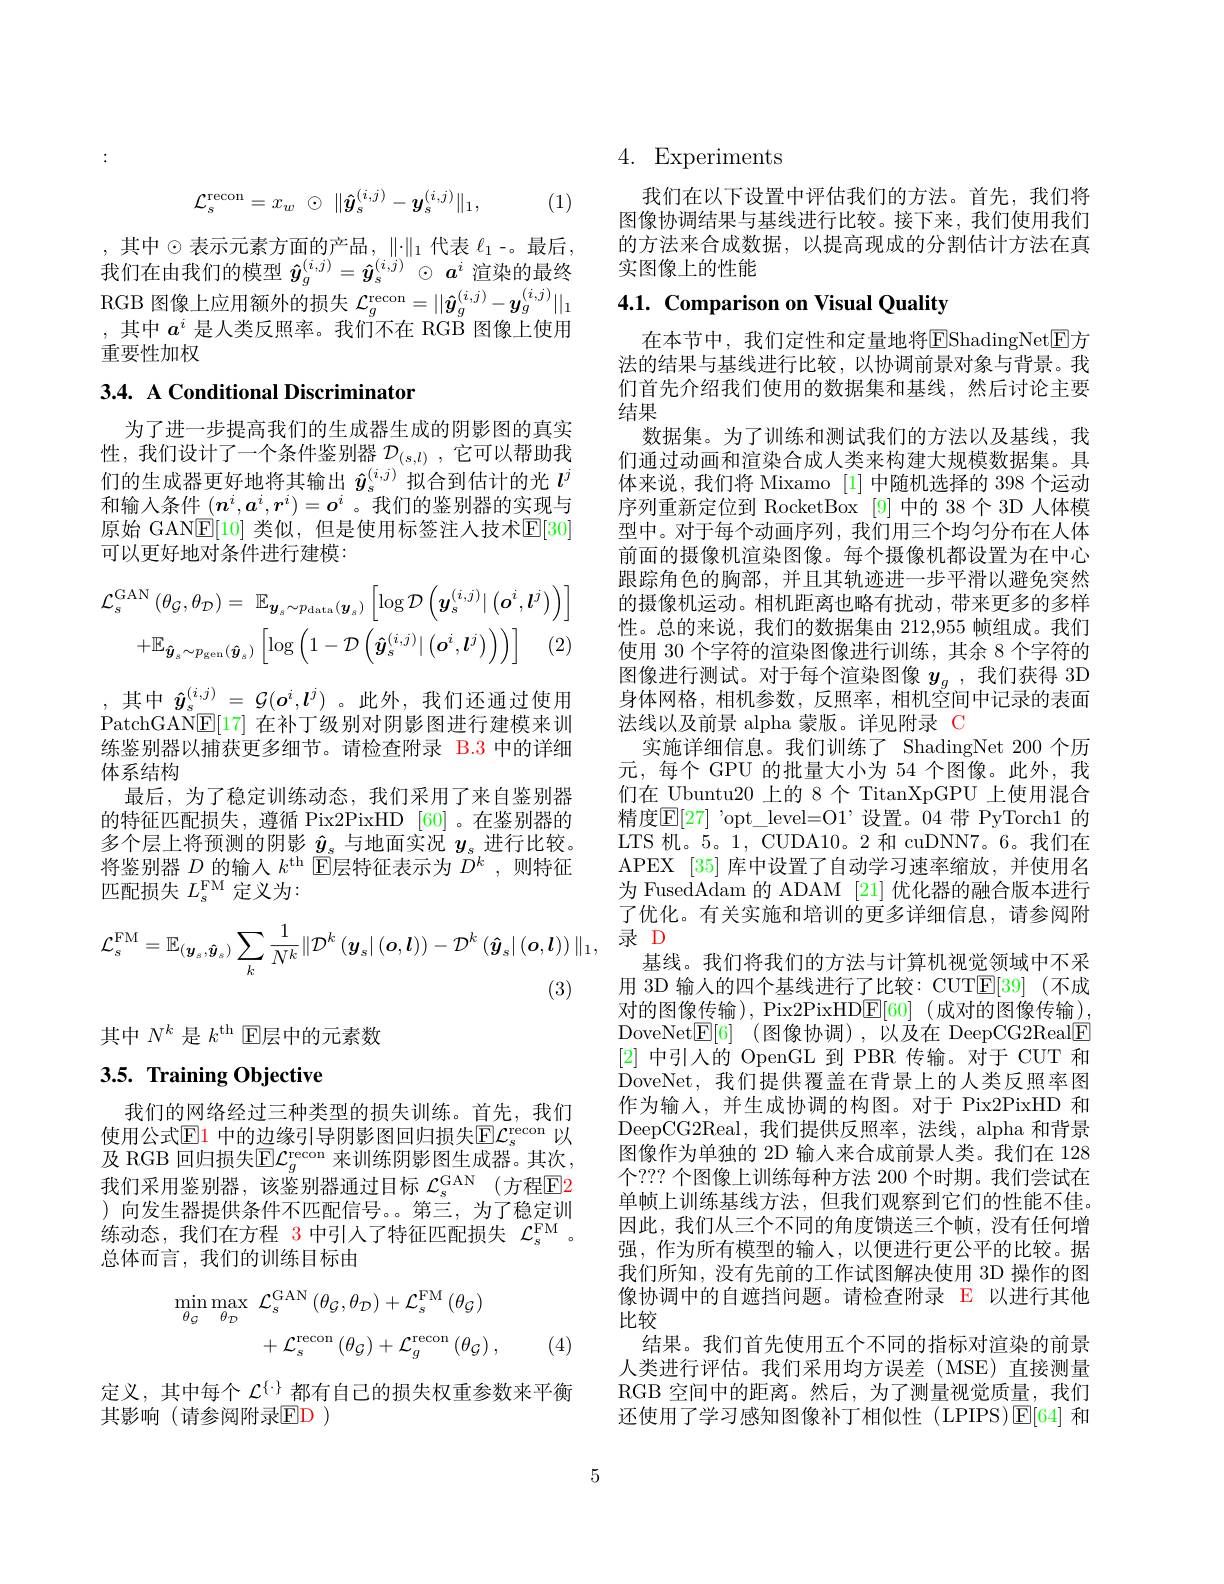
$$\mathcal{L}_{s}^{\mathrm{recon}}=x_{w}\:\odot\:\|\boldsymbol{\hat{y}}_{s}^{(i,j)}-\boldsymbol{y}_{s}^{(i,j)}\|_{1},$$
(1)

,其中$\odot$表示元素方面的产品$,\|\cdot\|_1$代表$\ell_1$-。最后， 我们在由我们的模型$\hat{\boldsymbol{y}}_g^{(i,j)}=\hat{\boldsymbol{y}}_s^{(i,j)}\odot\boldsymbol{a}^i$渲染的最终RGB 图像上应用额外的损失$\mathcal{L}_g^\mathrm{recon}=||\hat{\boldsymbol{y}}_g^{(i,j)}-\boldsymbol{y}_g^{(i,j)}||_1$ ,其中$a^i$是人类反照率。我们不在 RGB 图像上使用重要性加权

# 3.4. A Conditional Discriminator

为了进一步提高我们的生成器生成的阴影图的真实性，我们设计了一个条件鉴别器$\mathcal{D}_{(s,l)}$,它可以帮助我们的生成器更好地将其输出$\hat{y}_s^{(i,j)}$拟合到估计的光$l^j$ 和输入条件$(\boldsymbol{n}^i,\boldsymbol{a}^i,\boldsymbol{r}^i)=\boldsymbol{o}^i$ 。我们的鉴别器的实现与原始 GAN$\underline{\mathrm{E}}[10]$ 类似，但是使用标签注人技术$\underline{\mathrm{E}}[30]$ 可以更好地对条件进行建模：
$$\mathcal{L}_{s}^{\mathrm{GAN}}\left(\theta_{\mathcal{G}},\theta_{\mathcal{D}}\right)=\:\mathbb{E}_{\boldsymbol{y}_{s}\sim p_{\mathrm{data}}(\boldsymbol{y}_{s})}\left[\log\mathcal{D}\left(\boldsymbol{y}_{s}^{(i,j)}|\left(\boldsymbol{o}^{i},\boldsymbol{l}^{j}\right)\right)\right]\\+\mathbb{E}_{\boldsymbol{\hat{y}}_{s}\sim p_{\mathrm{gen}}(\boldsymbol{\hat{y}}_{s})}\left[\log\left(1-\mathcal{D}\left(\boldsymbol{\hat{y}}_{s}^{(i,j)}|\left(\boldsymbol{o}^{i},\boldsymbol{l}^{j}\right)\right)\right)\right]\quad(2)$$
,其中$\hat{y}_s^{(i,j)}=\mathcal{G}(\boldsymbol{o}^i,\boldsymbol{l}^j)$ 。此外，我们还通过使用PatchGAN$\underline{\mathrm{E}}[17]$在补丁级别对阴影图进行建模来训练鉴别器以捕获更多细节。请检查附录 B.3 中的详细体系结构
最后，为了稳定训练动态，我们采用了来自鉴别器的特征匹配损失，遵循 Pix2PixHD [60] 。在鉴别器的多个层上将预测的阴影$\hat{y}_s$与地面实况$y_s$进行比较。将鉴别器 $D$ 的输入 $k^\mathrm{th}$ $\bar{\text{E}}$层特征表示为 $\bar{D^k}$,则特征匹配损失$L_s^\mathrm{FM}$定义为：
$$\mathcal{L}_{s}^{\mathrm{FM}}=\mathbb{E}_{(\boldsymbol{y}_{s},\hat{\boldsymbol{y}}_{s})}\sum_{k}\frac{1}{N^{k}}\|\mathcal{D}^{k}\left(\boldsymbol{y}_{s}|\left(\boldsymbol{o},\boldsymbol{l}\right)\right)-\mathcal{D}^{k}\left(\hat{\boldsymbol{y}}_{s}|\left(\boldsymbol{o},\boldsymbol{l}\right)\right)\|_{1},$$
其中$N^k$是$k^\mathrm{th}$ E层中的元素数

# 3.5. Training Objective

我们的网络经过三种类型的损失训练。首先，我们使用公式$\mathbb{E}$1 中的边缘引导阴影图回归损失$\mathbb{E} \mathcal{L} _s^\mathrm{recon}$ 以及 RGB 回归损失$\mathbb{E} \mathcal{L} _g^\mathrm{recon}$ 来训练阴影图生成器。其次， 我们采用鉴别器，该鉴别器通过目标 $\mathcal{L}_s^\mathrm{GAN}$ (方程$\mathbb{E}$2 )向发生器提供条件不匹配信号。第三，为了稳定训练动态，我们在方程 3 中引入了特征匹配损失$\mathcal{L}_\mathrm{s}^\mathrm{FM}$ 总体而言，我们的训练目标由
$$\begin{aligned}\min_{\theta_{\mathcal{G}}}\max_{\theta_{\mathcal{D}}}&\mathcal{L}_{s}^{\mathrm{GAN}}\left(\theta_{\mathcal{G}},\theta_{\mathcal{D}}\right)+\mathcal{L}_{s}^{\mathrm{FM}}\left(\theta_{\mathcal{G}}\right)\\&+\mathcal{L}_{s}^{\mathrm{recon}}\left(\theta_{\mathcal{G}}\right)+\mathcal{L}_{g}^{\mathrm{recon}}\left(\theta_{\mathcal{G}}\right),\end{aligned}$$
(4)

定义，其中每个$\mathcal{L}^{\{\cdot\}}$都有自己的损失权重参数来平衡
其影响(请参阅附录$\mathbb{E}$D )

## 4. Experiments

我们在以下设置中评估我们的方法。首先，我们将图像协调结果与基线进行比较。接下来，我们使用我们的方法来合成数据，以提高现成的分割估计方法在真实图像上的性能

# 4.1. Comparison on Visual Quality

在本节中，我们定性和定量地将$\overline{\mathrm{E}}$ShadingNet$\overline{\mathrm{E}}$方法的结果与基线进行比较，以协调前景对象与背景。我们首先介绍我们使用的数据集和基线，然后讨论主要结果
数据集。为了训练和测试我们的方法以及基线，我们通过动画和渲染合成人类来构建大规模数据集。具体来说，我们将 Mixamo [1]中随机选择的 398 个运动序列重新定位到 RocketBox [9]中的 38 个 3D 人体模型中。对于每个动画序列，我们用三个均匀分布在人体前面的摄像机渲染图像。每个摄像机都设置为在中心跟踪角色的胸部，并且其轨迹进一步平滑以避免突然的摄像机运动。相机距离也略有扰动，带来更多的多样性。总的来说，我们的数据集由 212,955 帧组成。我们使用 30 个字符的渲染图像进行训练，其余 8 个字符的图像进行测试。对于每个渲染图像$y_g$ ,我们获得 3D 身体网格，相机参数，反照率，相机空间中记录的表面法线以及前景 alpha 蒙版。详见附录 C
实施详细信息。我们训练了 ShadingNet 200 个历元，每个 GPU 的批量大小为 54 个图像。此外，我们在 Ubuntu20 上的 8 个 TitanXpGPU 上使用混合精度$\mathbb{E}[27]$ 'opt\_level=O1’设置。04 带 PyTorch1 的LTS 机。5。1, CUDA10。2 和 cuDNN7。6。我们在APEX [35] 库中设置了自动学习速率缩放，并使用名为 FusedAdam 的 ADAM [21] 优化器的融合版本进行了优化。有关实施和培训的更多详细信息，请参阅附录 D
基线。我们将我们的方法与计算机视觉领域中不采用 3D 输人的四个基线进行了比较：CUTE[39](不成对的图像传输), Pix2PixHDE[60] (成对的图像传输), DoveNet$\boxed{\mathrm{E} }[ 6]$ (图像协调),以及在 DeepCG2Real$\boxed{\mathrm{F}}$ [2]中引入的 OpenGL 到 PBR 传输。对于 CUT 和DoveNet,我们提供覆盖在背景上的人类反照率图作为输入，并生成协调的构图。对于 Pix2PixHD 和DeepCG2Real,我们提供反照率，法线，alpha 和背景图像作为单独的 2D 输入来合成前景人类。我们在 128个？?? 个图像上训练每种方法 200 个时期。我们尝试在单帧上训练基线方法，但我们观察到它们的性能不佳。因此，我们从三个不同的角度馈送三个帧，没有任何增强，作为所有模型的输入，以便进行更公平的比较。据我们所知，没有先前的工作试图解决使用 3D 操作的图像协调中的自遮挡问题。请检查附录 E 以进行其他比较
结果。我们首先使用五个不同的指标对渲染的前景人类进行评估。我们采用均方误差(MSE)直接测量RGB 空间中的距离。然后，为了测量视觉质量，我们还使用了学习感知图像补丁相似性(LPIPS)$\operatorname{E}[64]$和

5